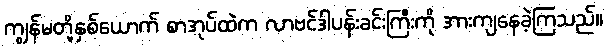
ကျွန်မတို့နှစ်ယောက် စာအုပ်ထဲက လာဗင်ဒါပန်းခင်းကြီးကို အားကျနေခဲ့ကြသည်။